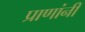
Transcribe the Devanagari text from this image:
प्राणांनी